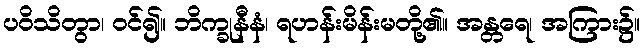
ပဝိသိတွာ၊ ဝင်၍။ ဘိက္ခုနီနံ၊ ရဟန်းမိန်းမတို့၏။ အန္တရေ၊ အကြား၌။